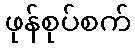
ဖုန်စုပ်စက်